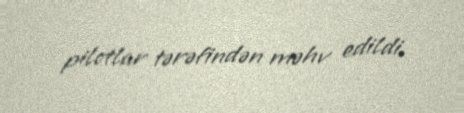
pilotlar tərəfindən məhv edildi.